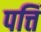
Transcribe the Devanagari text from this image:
पत्तिं